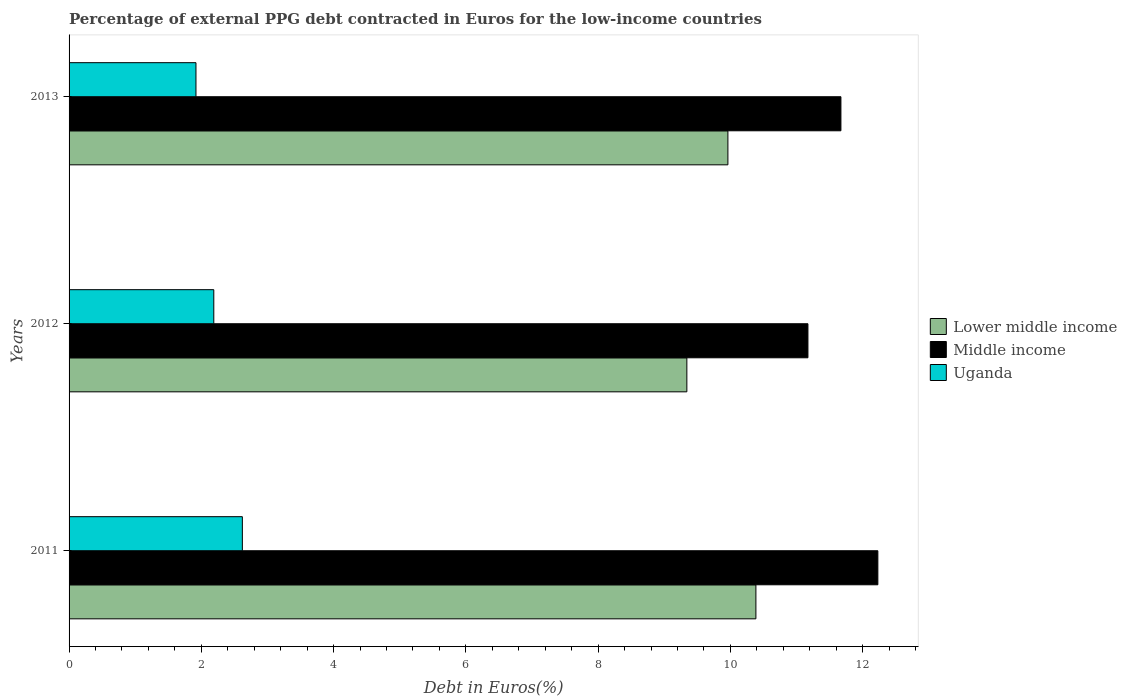
| Years | Lower middle income | Middle income | Uganda |
 | --- | --- | --- | --- |
 | 2011 | 10.4 | 12.2 | 2.62 |
 | 2012 | 9.34 | 11.2 | 2.19 |
 | 2013 | 9.96 | 11.7 | 1.92 |